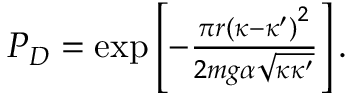
\begin{array} { r } { P _ { D } = \exp \left[ - \frac { \pi r \left( \kappa - \kappa ^ { \prime } \right) ^ { 2 } } { 2 m g \alpha \sqrt { \kappa \kappa ^ { \prime } } } \right] . } \end{array}